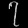
Digit: ၇